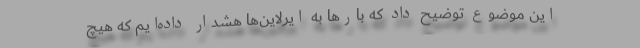
این موضوع توضیح داد که بارها به ایرلاین‌ها هشدار داده‌ایم که هیچ